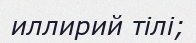
иллирий тілі;